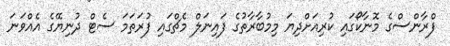
ފްރާންސްގެ މޮނާކޯގައި ކުރިއަށްދިޔަ މިމުބާރާތުގެ ފައިނަލް މެޗްގައި ފުރަތަމަ ސެޓް ދުނިޔޭގެ އެއްވަނަ